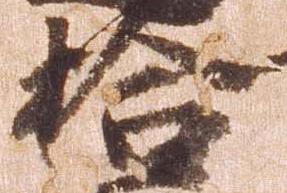
拾